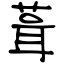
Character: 葺